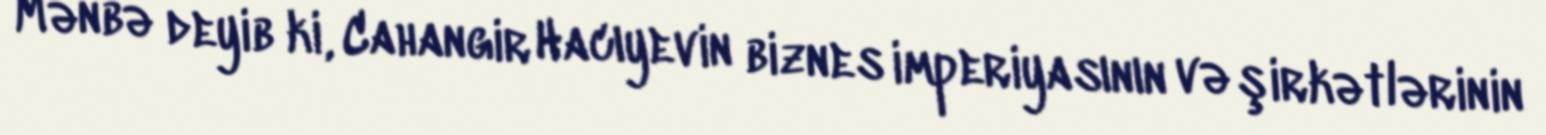
Mənbə deyib ki, Cahangir Hacıyevin biznes imperiyasının və şirkətlərinin